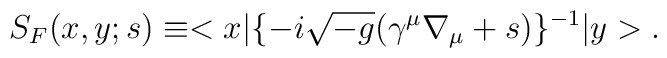
S_{F}(x,y;s) \equiv  <x|\{-i\sqrt{-g}(\gamma^{\mu}\nabla_{\mu} + s)\}^{-1}|y> .